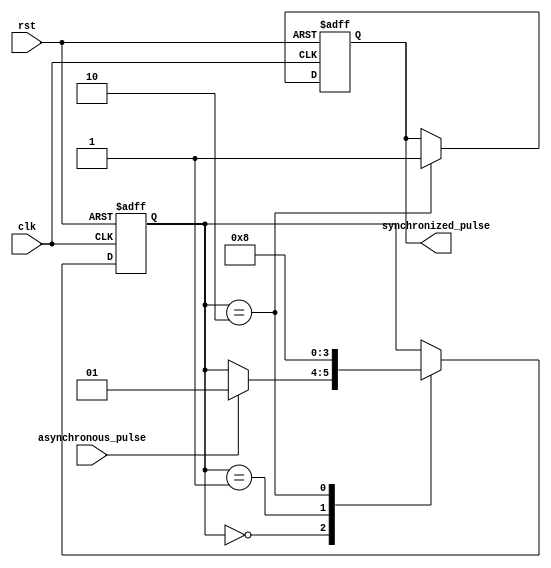
module pulse_synchronizer (
    input clk,
    input rst,
    input asynchronous_pulse,
    output reg synchronized_pulse
);

reg synchronized_pulse_reg;
reg [1:0] pulse_state;

always @(posedge clk or posedge rst) begin
    if (rst) begin
        synchronized_pulse_reg <= 1'b0;
        pulse_state <= 2'b00;
    end else begin
        case (pulse_state)
            2'b00: begin
                if (asynchronous_pulse) begin
                    pulse_state <= 2'b01;
                end
            end
            2'b01: begin
                pulse_state <= 2'b10;
            end
            2'b10: begin
                pulse_state <= 2'b00;
                synchronized_pulse_reg <= 1'b1;
            end
        endcase
    end
end

assign synchronized_pulse = synchronized_pulse_reg;

endmodule